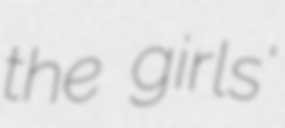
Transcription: the girls'